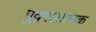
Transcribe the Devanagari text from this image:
पुद्गलात्मक